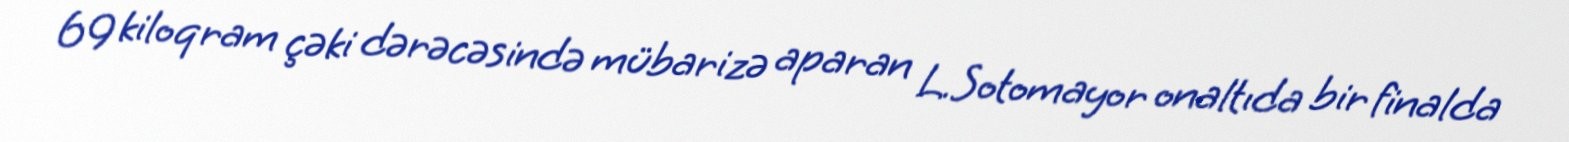
69 kiloqram çəki dərəcəsində mübarizə aparan L.Sotomayor onaltıda bir finalda